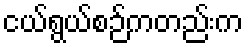
ငယ်ရွယ်စဉ်ကတည်းက